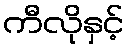
ကီလိုနှင့်